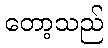
တော့သည်